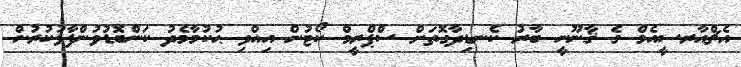
އެޗްއާރސީއެމް ގެ ޤާނޫނީ ބާރު ކެނޑިދާގޮތަށް ސްޕްރީމް ކޯޓުން އިއްވި ޙުކުމާމެދު ކަންބޮޑުވުންފާޅުކުރުން